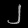
Digit: ၂